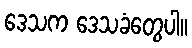
ဒေသက ဒေသခံတွေပါ။